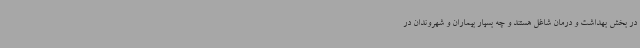
در بخش بهداشت و درمان شاغل هستند و چه بسیار بیماران و شهروندان در